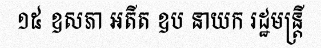
១៥ ឧសភា អតីត ឧប នាយក រដ្ឋមន្ត្រី